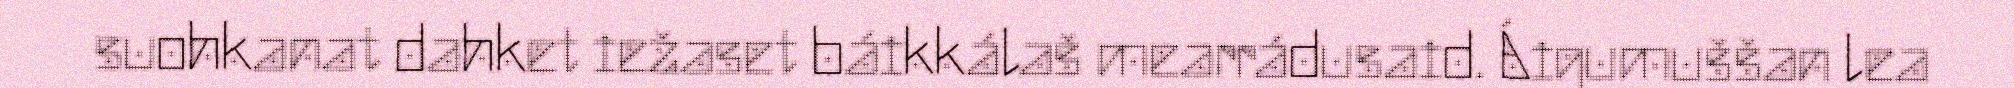
suohkanat dahket iežaset báikkálaš mearrádusaid. Áigumuššan lea